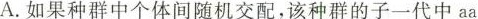
A.如果种群中个体间随机交配，该种群的子一代中aa